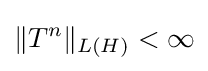
\|T^{n}\|_{L(H)}<\infty